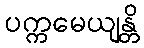
ပက္ကမေယျန္တိ